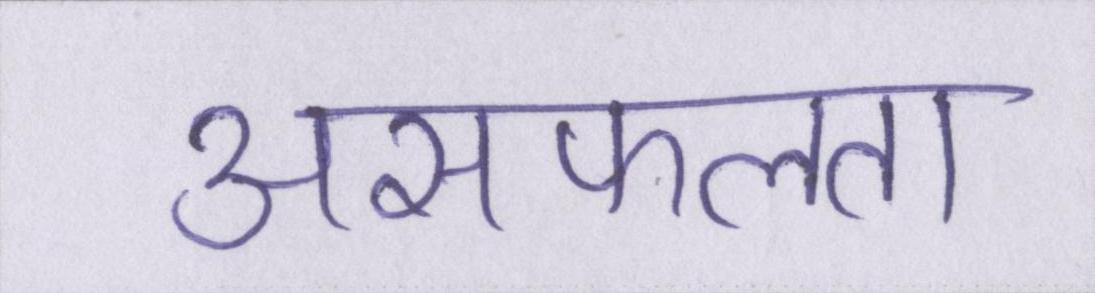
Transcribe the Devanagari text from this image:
असफलता